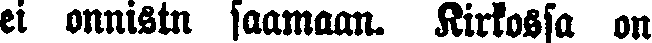
ei onnistu saamaan. Kirkossa on